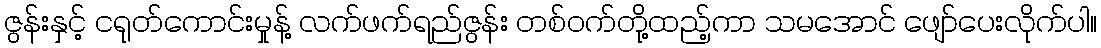
ဇွန်းနှင့် ငရုတ်ကောင်းမှုန့် လက်ဖက်ရည်ဇွန်း တစ်ဝက်တို့ထည့်ကာ သမအောင် ဖျော်ပေးလိုက်ပါ။